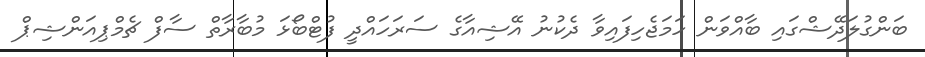
ބަންގުލަދޭޝްގައި ބާއްވަން ހަމަޖެހިފައިވާ ދެކުނު އޭޝިއާގެ ސަރަހައްދީ ފުޓްބޯޅަ މުބާރާތް ސާފް ޗެމްޕިއަންޝިޕް